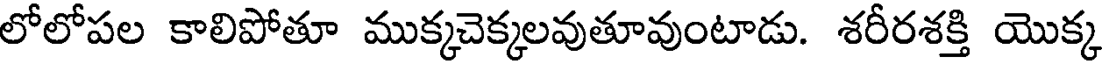
లోలోపల కాలిపోతూ ముక్కచెక్కలవుతూవుంటాడు. శరీరశక్తి యొక్క